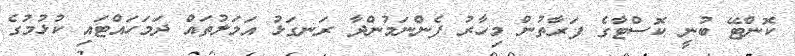
ކޮންޓޭ ބުނީ ކޮސްޓާގެ ފަރާތުން މިހާރު ފެންނަމުންދާ ރަނގަޅު އަމަލުތައް ދަމަހައްޓައި ކުޅުމުގެ